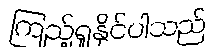
ကြည့်ရှုနိုင်ပါသည်